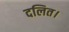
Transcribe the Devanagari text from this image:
दलित।